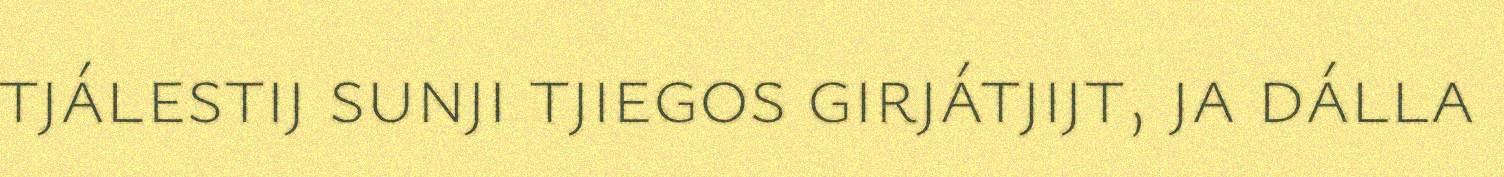
tjálestij sunji tjiegos girjátjijt, ja dálla